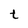
Character: t